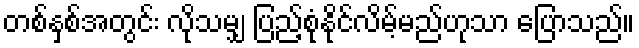
တစ်နှစ်အတွင်း လိုသမျှ ပြည့်စုံနိုင်လိမ့်မည်ဟုသာ ပြောသည်။